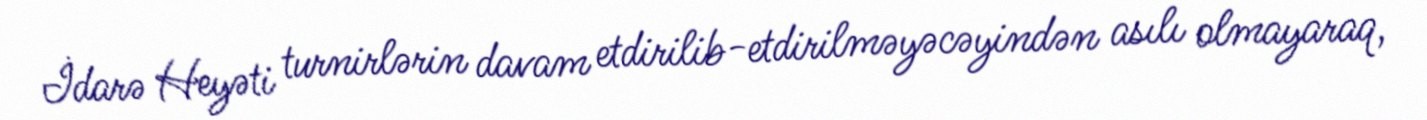
İdarə Heyəti turnirlərin davam etdirilib-etdirilməyəcəyindən asılı olmayaraq,